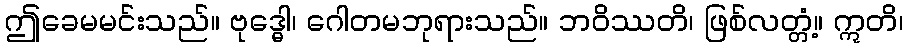
ဤခေမမင်းသည်။ ဗုဒ္ဓေါ၊ ဂေါတမဘုရားသည်။ ဘဝိဿတိ၊ ဖြစ်လတ္တံ့။ ဣတိ၊